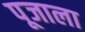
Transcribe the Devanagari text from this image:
पूजाला